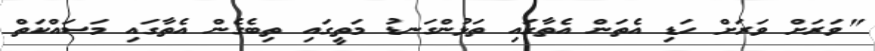
"ވަރަށް ވަރަށް ހަޑި އެތަން އެތާގައި ތަޅުންގަނޑު މަތީގައި ތިބެގެން އެތާގައި މަސައްކަތް